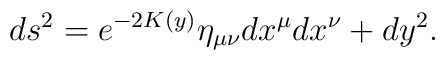
ds^2 = e^{-2 K(y)}\eta_{\mu\nu} dx^{\mu}dx^{\nu} + dy^2.